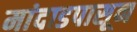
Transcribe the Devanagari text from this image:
मांदाडपासून